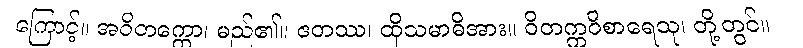
ကြောင့်။ အဝိတက္ကော၊ မည်၏။ ဧတဿ၊ ထိုသမာဓိအား။ ဝိတက္ကဝိစာရေသု၊ တို့တွင်။